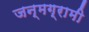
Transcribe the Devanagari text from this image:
जन्मग्रामी